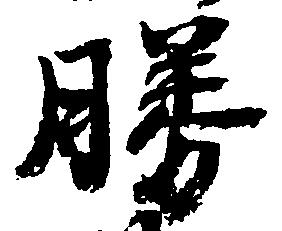
勝